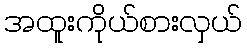
အထူးကိုယ်စားလှယ်